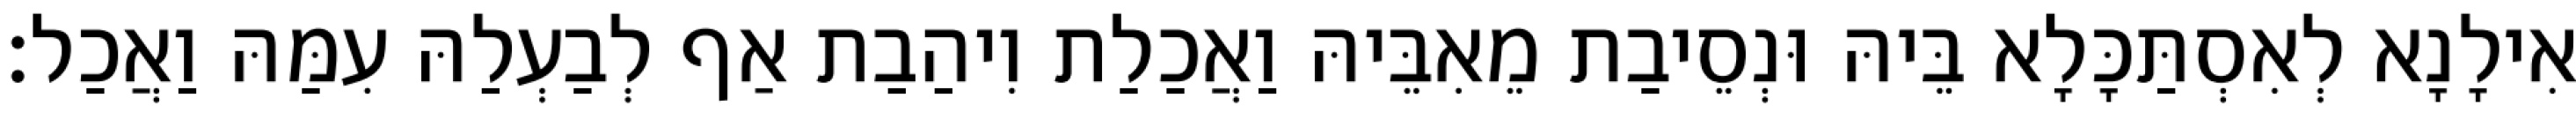
אִילָנָא לְאִסְתַּכָּלָא בֵּיהּ וּנְסֵיבַת מֵאִבֵּיהּ וַאֲכַלַת וִיהַבַת אַף לְבַעְלַהּ עִמַּהּ וַאֲכַל׃